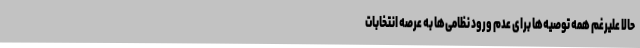
حالا علیرغم همه توصیه‌ها برای عدم ورود نظامی‌ها به عرصه انتخابات